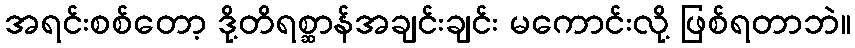
အရင်းစစ်တော့ ဒို့တိရစ္ဆာန်အချင်းချင်း မကောင်းလို့ ဖြစ်ရတာဘဲ။